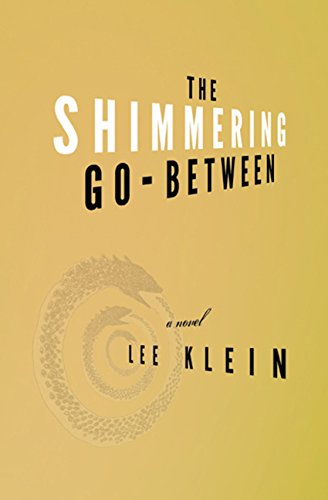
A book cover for The Shimmering Go-Between: A Novel; Lee Klein; Literature & Fiction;